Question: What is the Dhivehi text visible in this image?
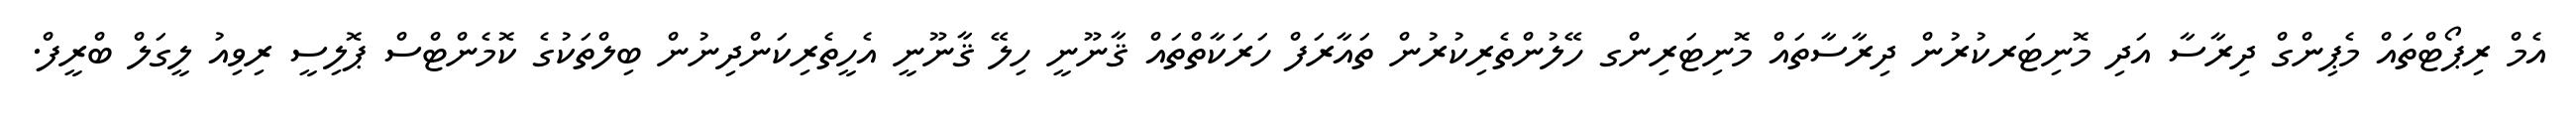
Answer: އެމް ރިޕޯޓްތައް މެޕިންގް ދިރާސާ އަދި މޮނިޓަރކުރުން ދިރާސާތައް މޮނިޓަރިންގ ހޭލުންތެރިކުރުން ތައާރަފް ހަރަކާތްތައް ޤާނޫނީ ހިލޭ ޤާނޫނީ އެހީތެރިކަންދިނުން ބިލްތަކުގެ ކޮމެންޓްސް ޕޮލިސީ ރިވިއު ލީގަލް ބްރީފް.